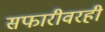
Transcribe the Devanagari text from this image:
सफारीवरही